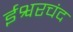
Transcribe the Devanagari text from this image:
ईश्वरचंद